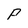
Character: P